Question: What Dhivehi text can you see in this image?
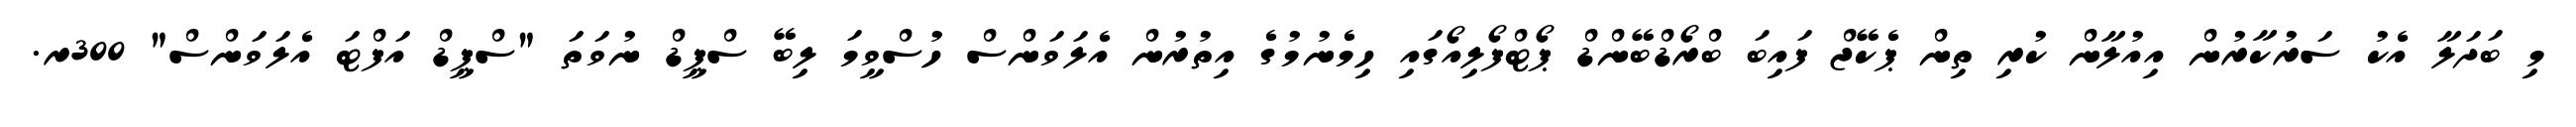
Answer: މި ބަދަލާ އެކު ސަރުކާރުން އިއުލާން ކުރި ތިން ޕެކޭޖް ފައިބަ ބްރޯޑްބޭންޑް ޕޯޓްފޯލިއޯގައި ހިމެނުމުގެ އިތުރުން އެލަވަންސް ހުސްވީމަ ލިބޭ ސްޕީޑް ނުވަތަ "ސްޕީޑް އަފްޓަ އެލަވަންސް" 300ރ.